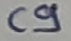
Text: C9